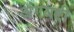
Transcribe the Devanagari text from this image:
अंगयष्टी